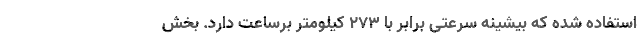
استفاده شده که بیشینه سرعتی برابر با 273 کیلومتر برساعت دارد. بخش